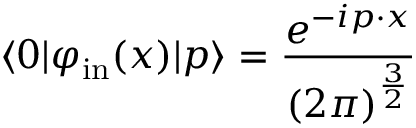
\langle 0 | \varphi _ { \mathrm { i n } } ( x ) | p \rangle = { \frac { e ^ { - i p \cdot x } } { ( 2 \pi ) ^ { \frac { 3 } { 2 } } } }